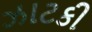
ઝાટકી